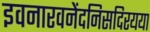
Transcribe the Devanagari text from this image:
इवनारवनेंदनिसदिरयया